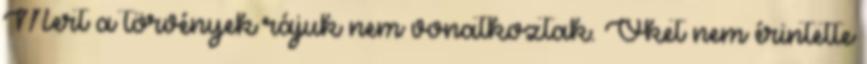
Mert a törvények rájuk nem vonatkoztak. Őket nem érintette